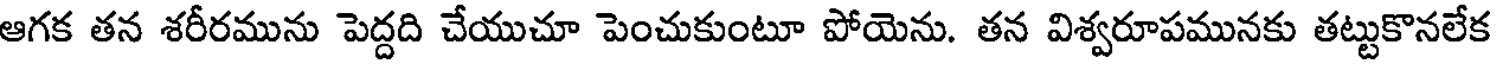
ఆగక తన శరీరమును పెద్దది చేయుచూ పెంచుకుంటూ పోయెను. తన విశ్వరూపమునకు తట్టుకొనలేక